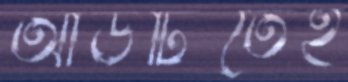
আউটিতেই